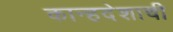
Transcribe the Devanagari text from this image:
कान्हदेशाची